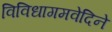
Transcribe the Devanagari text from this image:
विविधागमवेदिने